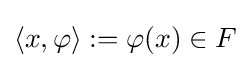
\langle x,\varphi \rangle :=\varphi (x)\in F